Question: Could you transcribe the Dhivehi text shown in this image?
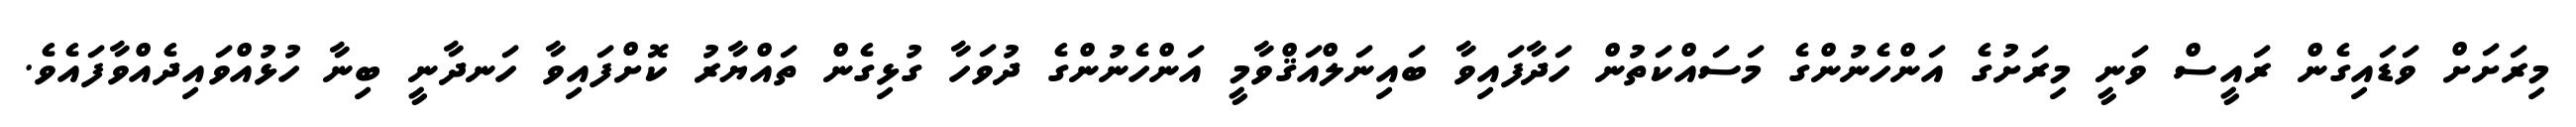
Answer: މިރަށަށް ވަޑައިގެން ރައީސް ވަނީ މިރަށުގެ އަންހެނުންގެ މަސައްކަތުން ހަދާފައިވާ ބައިނަލްއަޤްވާމީ އަންހެނުންގެ ދުވަހާ ގުޅިގެން ތައްޔާރު ކޮށްފައިވާ ހަނދާނީ ބިނާ ހުޅުއްވައިދެއްވާފައެވެ.